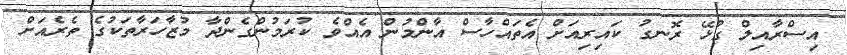
އިސްރާއިލް ގުޅޭ ރޮނގު ކައިރިއަށް އެތައްހާސް އާންމުން އެއްވެ ކުރަމުންގެންދާ މުޒާހަރާތަކުގެ ތެރެއަށް